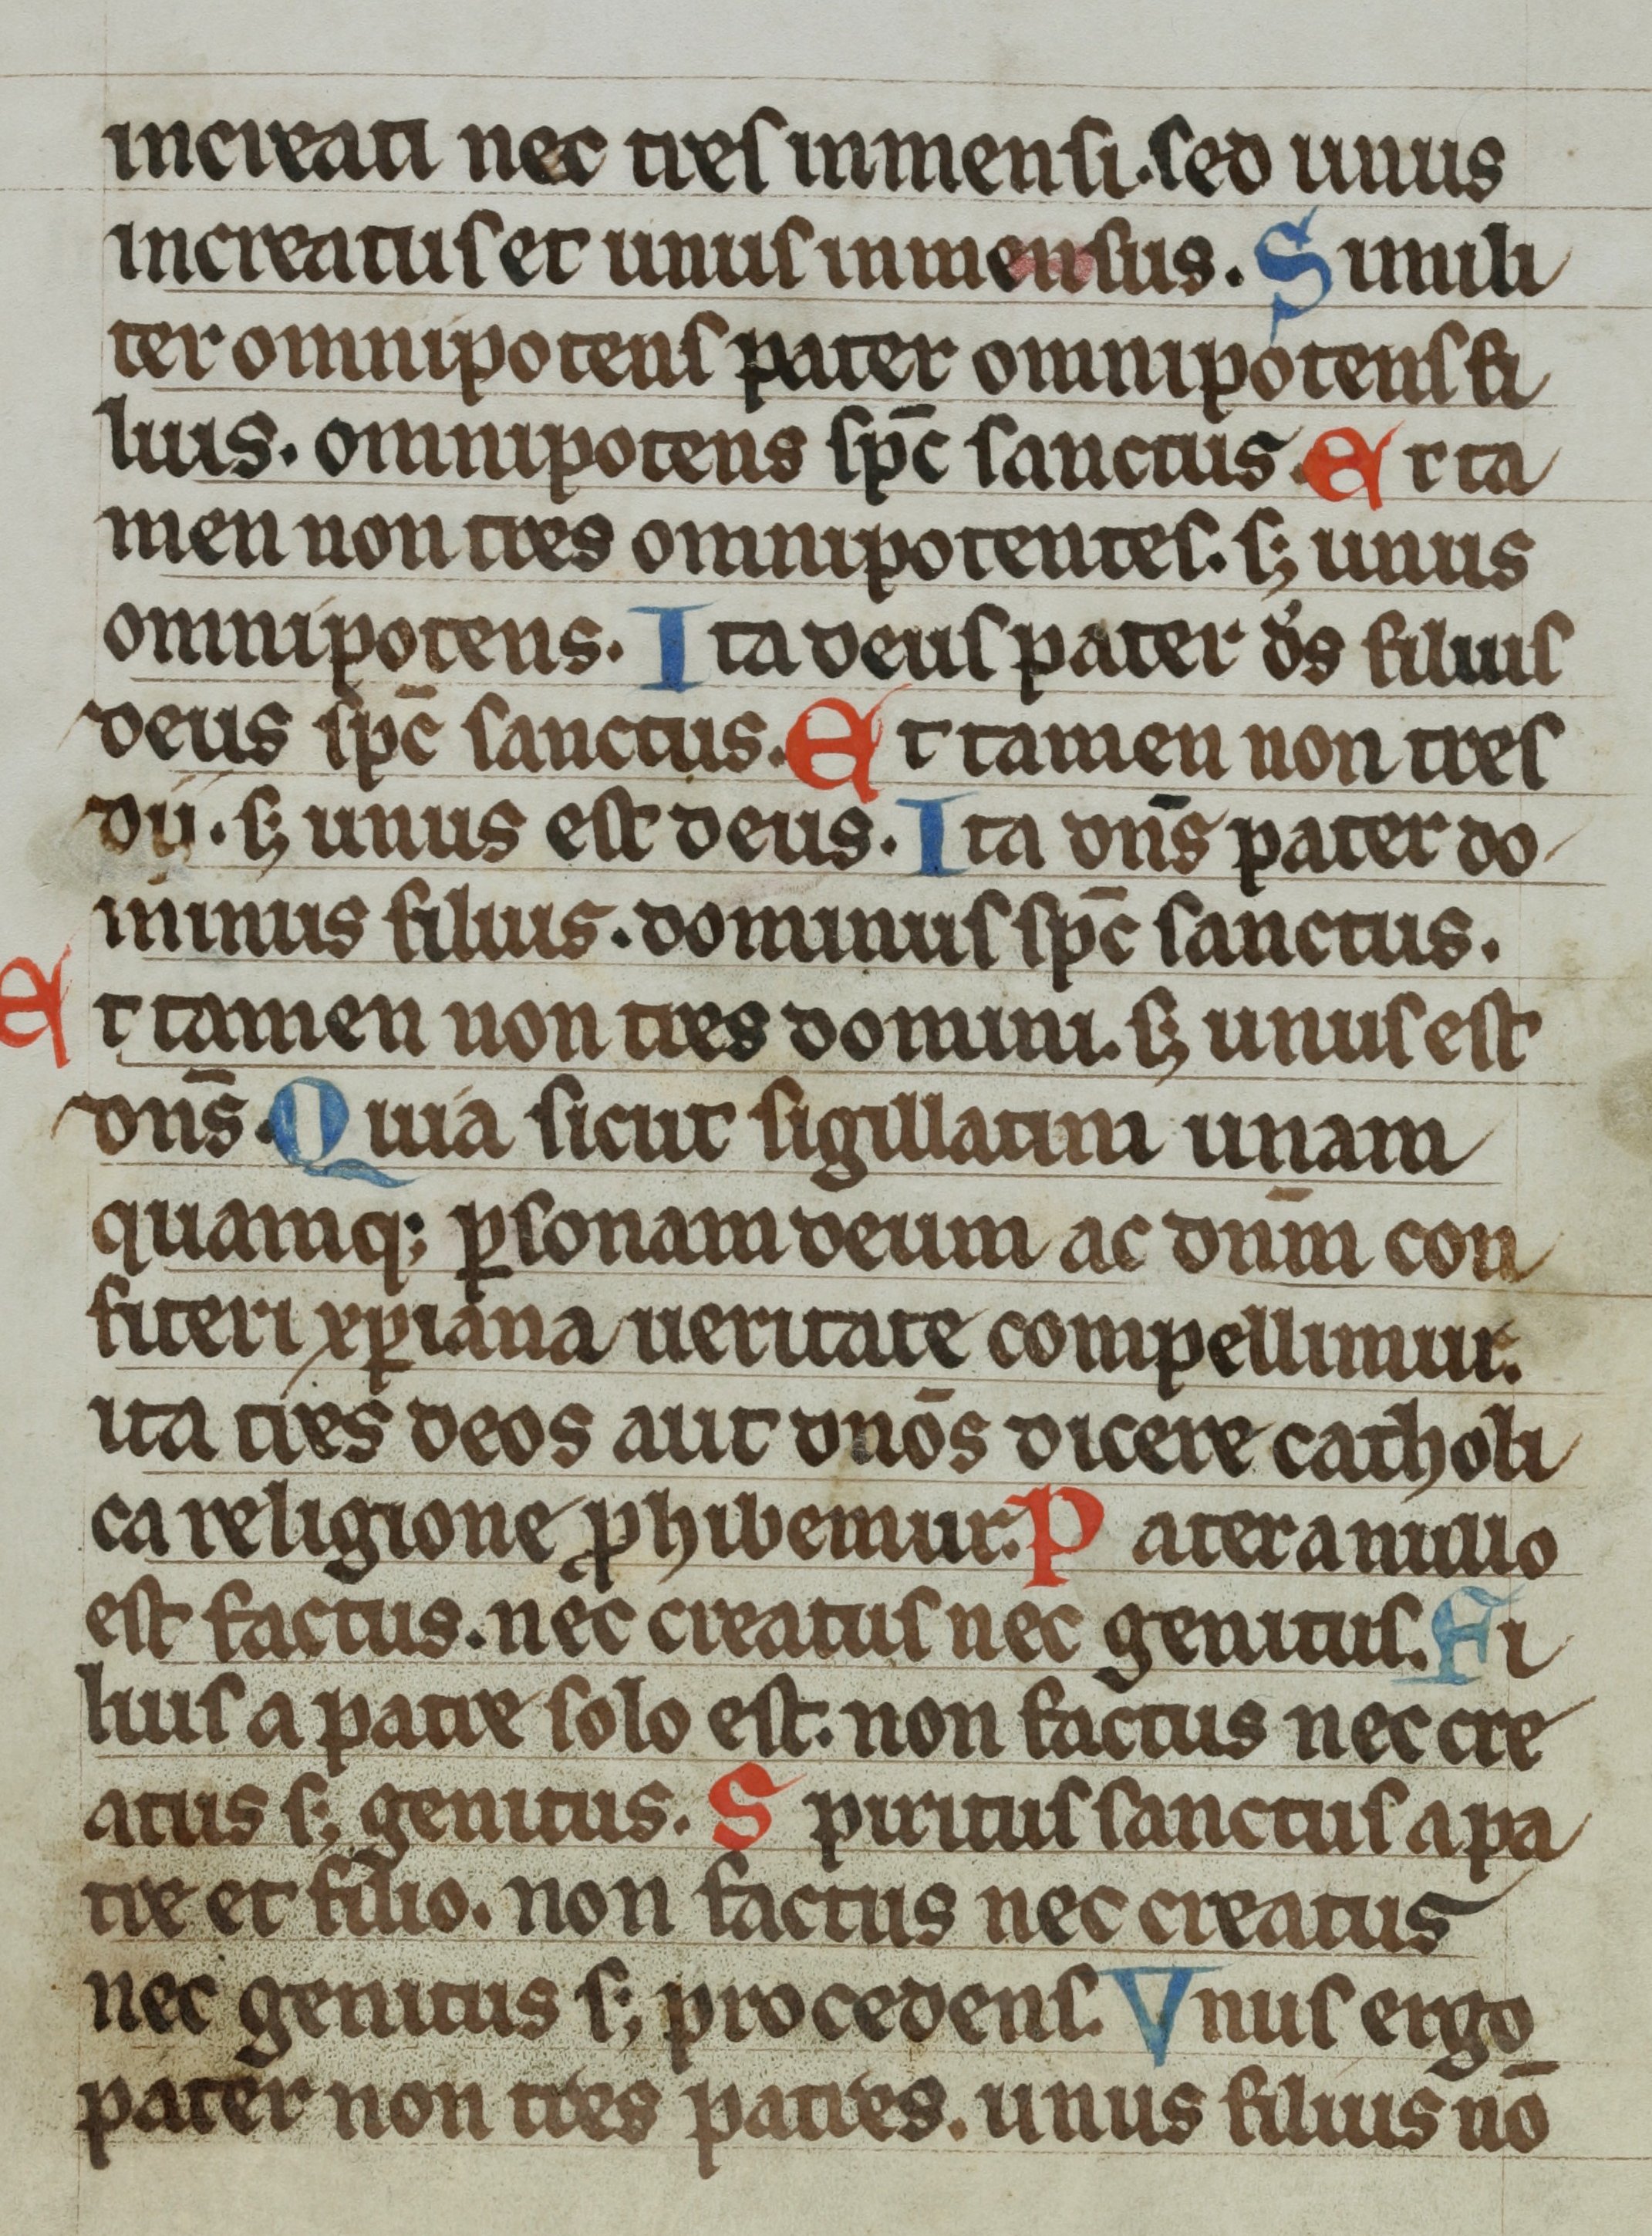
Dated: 1300–1399